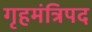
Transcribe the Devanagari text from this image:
गृहमंत्रिपद